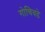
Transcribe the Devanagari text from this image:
गोचिवडे